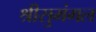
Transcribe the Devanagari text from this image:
श्रीसुमंगल